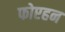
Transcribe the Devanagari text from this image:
फोएहन